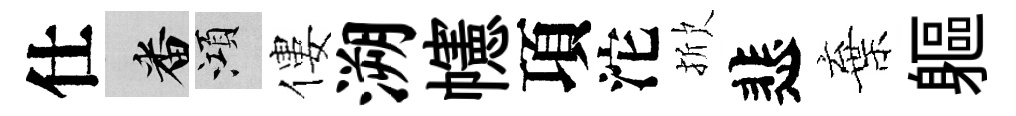
仕番澒僂溯幰項沱掀悲棄軀